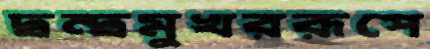
দ্বন্দ্বমুখররূপে